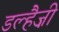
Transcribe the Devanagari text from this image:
डल्हैज़ी